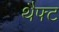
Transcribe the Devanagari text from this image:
थैफ्ट